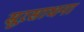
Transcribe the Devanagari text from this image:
सूरसाधना